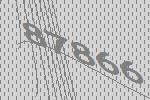
87866